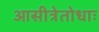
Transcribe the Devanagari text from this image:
आसीत्रेतोधाः